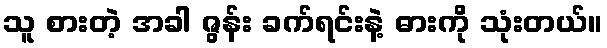
သူ စားတဲ့ အခါ ဇွန်း ခက်ရင်းနဲ့ ဓားကို သုံးတယ်။